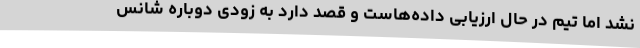
نشد اما تیم در حال ارزیابی داده‌هاست و قصد دارد به زودی دوباره شانس